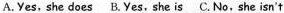
A.Yes, she does B.Yes, she is C.No,she isn't